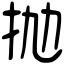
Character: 抛